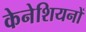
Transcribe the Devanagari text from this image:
केनेशियनों